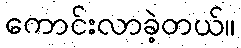
ကောင်းလာခဲ့တယ်။